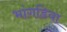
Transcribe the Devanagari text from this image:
भांगडिया